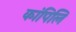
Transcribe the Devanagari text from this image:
कांपिलि